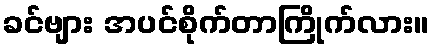
ခင်ဗျား အပင်စိုက်တာကြိုက်လား။